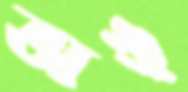
ভাঙ্